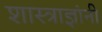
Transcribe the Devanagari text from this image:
शास्त्राज्ञांनी